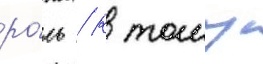
ро́ль / к тому